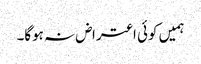
ہمیں کوئی اعتراض نہ ہوگا۔